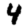
Digit: 4